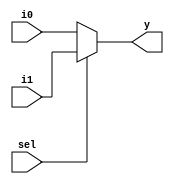
module mux_7bit_2_1
(
    input[6:0] i0,
    input[6:0] i1,
    input sel, 
    output[6:0] y
);
	assign y = sel ? i1 : i0;
endmodule